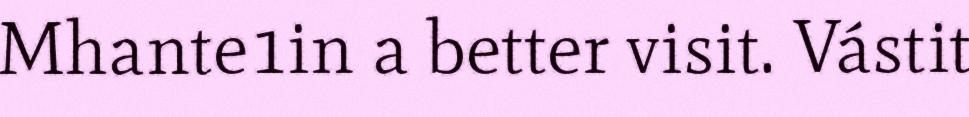
Mhante1in a better visit. Vástit